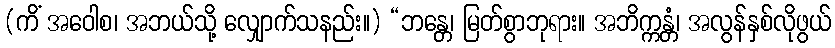
(ကိံ အဝေါစ၊ အဘယ်သို့ လျှောက်သနည်း။) “ဘန္တေ၊ မြတ်စွာဘုရား။ အဘိက္ကန္တံ၊ အလွန်နှစ်လိုဖွယ်